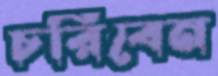
চরিবেন